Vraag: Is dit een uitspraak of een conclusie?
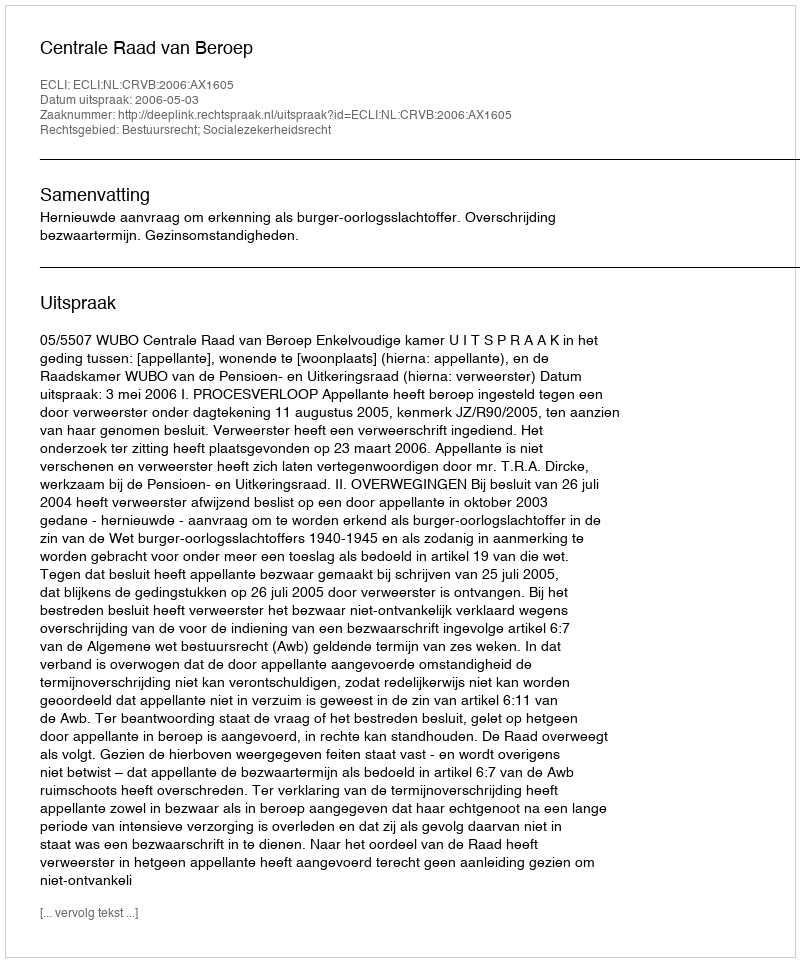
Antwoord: Uitspraak